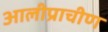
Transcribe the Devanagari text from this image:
आलीप्राचीण